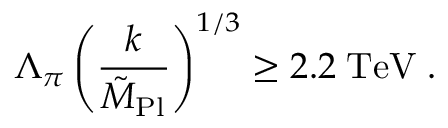
\Lambda _ { \pi } \left( { \frac { k } { \tilde { M } _ { \mathrm { P l } } } } \right) ^ { 1 / 3 } \geq 2 . 2 \; \mathrm { T e V } \; .